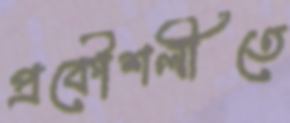
প্রকৌশলীতে